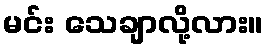
မင်း သေချာလို့လား။